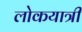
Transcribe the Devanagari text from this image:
लोकयात्री